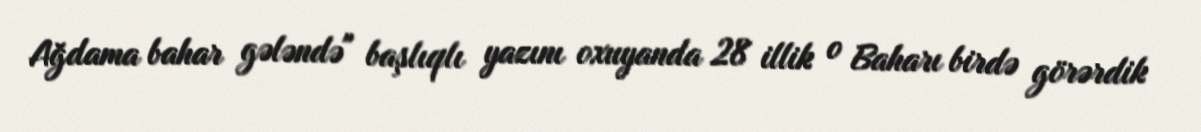
Ağdama bahar gələndə" başlıqlı yazını oxuyanda 28 illik o Baharı birdə görərdik